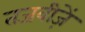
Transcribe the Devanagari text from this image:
तजवीज़ें